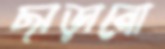
ছাড়ানো